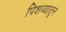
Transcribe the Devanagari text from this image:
पिशव्यातून